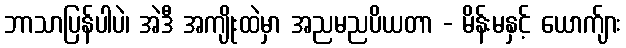
ဘာသာပြန်ပါပဲ၊ အဲဒီ အကျိုးထဲမှာ အညမညပိယတာ - မိန်းမနှင့် ယောက်ျား